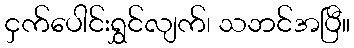
ငှက်ပေါင်းရွှင်လျက်၊ သဘင်အပြီ။